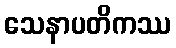
သေနာပတိကဿ